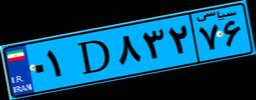
۱۹D۱۹۷۶۷